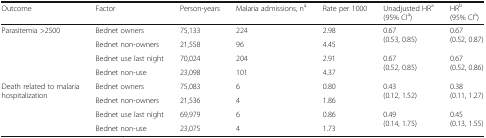
| Outcome | Factor | Person-years | Malaria admissions, na | Rate per 1000 | Unadjusted HRa (95% CIa) | HRb (95% CIa) |
 | --- | --- | --- | --- | --- | --- | --- |
 | <ROWSPAN=4> Parasitemia >2500 | Bednet owners | 75,133 | 224 | 2.98 | <ROWSPAN=2> 0.67(0.53, 0.85) | <ROWSPAN=2> 0.67(0.52, 0.87) |
 | Bednet non-owners | 21,558 | 96 | 4.45 |
 | Bednet use last night | 70,024 | 204 | 2.91 | <ROWSPAN=2> 0.67(0.52, 0.85) | <ROWSPAN=2> 0.67(0.52, 0.86) |
 | Bednet non-use | 23,098 | 101 | 4.37 |
 | <ROWSPAN=4> Death related to malaria hospitalization | Bednet owners | 75,083 | 6 | 0.80 | <ROWSPAN=2> 0.43(0.12, 1.52) | <ROWSPAN=2> 0.38(0.11, 1.27) |
 | Bednet non-owners | 21,536 | 4 | 1.86 |
 | Bednet use last night | 69,979 | 6 | 0.86 | <ROWSPAN=2> 0.49(0.14, 1.75) | <ROWSPAN=2> 0.45(0.13, 1.55) |
 | Bednet non-use | 23,075 | 4 | 1.73 |